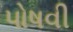
પોષવી